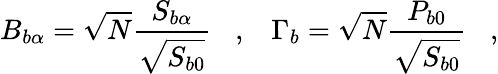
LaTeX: B_{b\alpha}=\sqrt{N}\frac{S_{b\alpha}}{\sqrt{S_{b0}}}\; \; \; ,\; \; \; \Gamma_{b}=\sqrt{N}\frac{P_{b0}}{\sqrt{S_{b0}}}\; \; \; ,